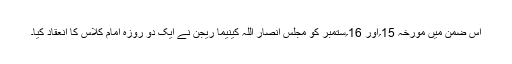
اس ضمن میں مورخہ 15؍اور 16؍ستمبر کو مجلس انصار اللہ کینیما ریجن نے ایک دو روزہ امام کلاس کا انعقاد کیا۔